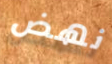
نهض